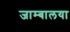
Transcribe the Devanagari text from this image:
जाम्बालया